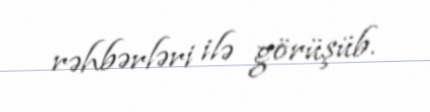
rəhbərləri ilə görüşüb.